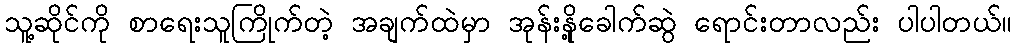
သူ့ဆိုင်ကို စာရေးသူကြိုက်တဲ့ အချက်ထဲမှာ အုန်းနို့ခေါက်ဆွဲ ရောင်းတာလည်း ပါပါတယ်။